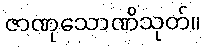
ဇာဏုသောဏိသုတ်။